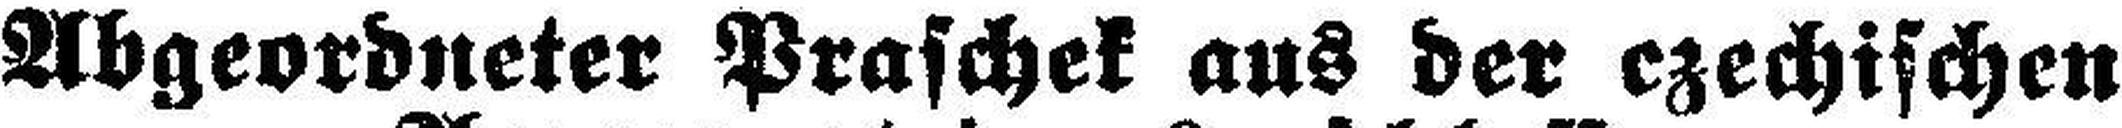
Abgeordneter Praschek aus der czechischen